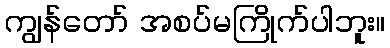
ကျွန်တော် အစပ်မကြိုက်ပါဘူး။